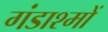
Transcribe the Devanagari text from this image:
गंडाश्मों